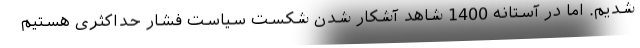
شدیم. اما در آستانه 1400 شاهد آشکار شدن شکست سیاست فشار حداکثری هستیم